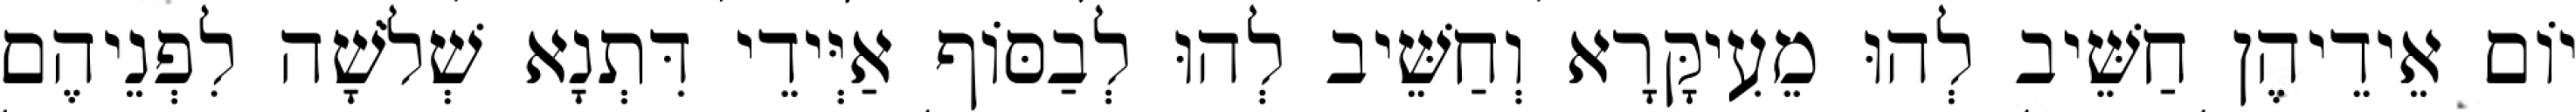
יוֹם אֵידֵיהֶן חַשֵּׁיב לְהוּ מֵעִיקָּרָא וְחַשֵּׁיב לְהוּ לְבַסּוֹף אַיְּידֵי דִּתְנָא שְׁלֹשָׁה לִפְנֵיהֶם